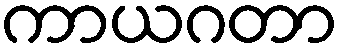
ကာယဂတာ